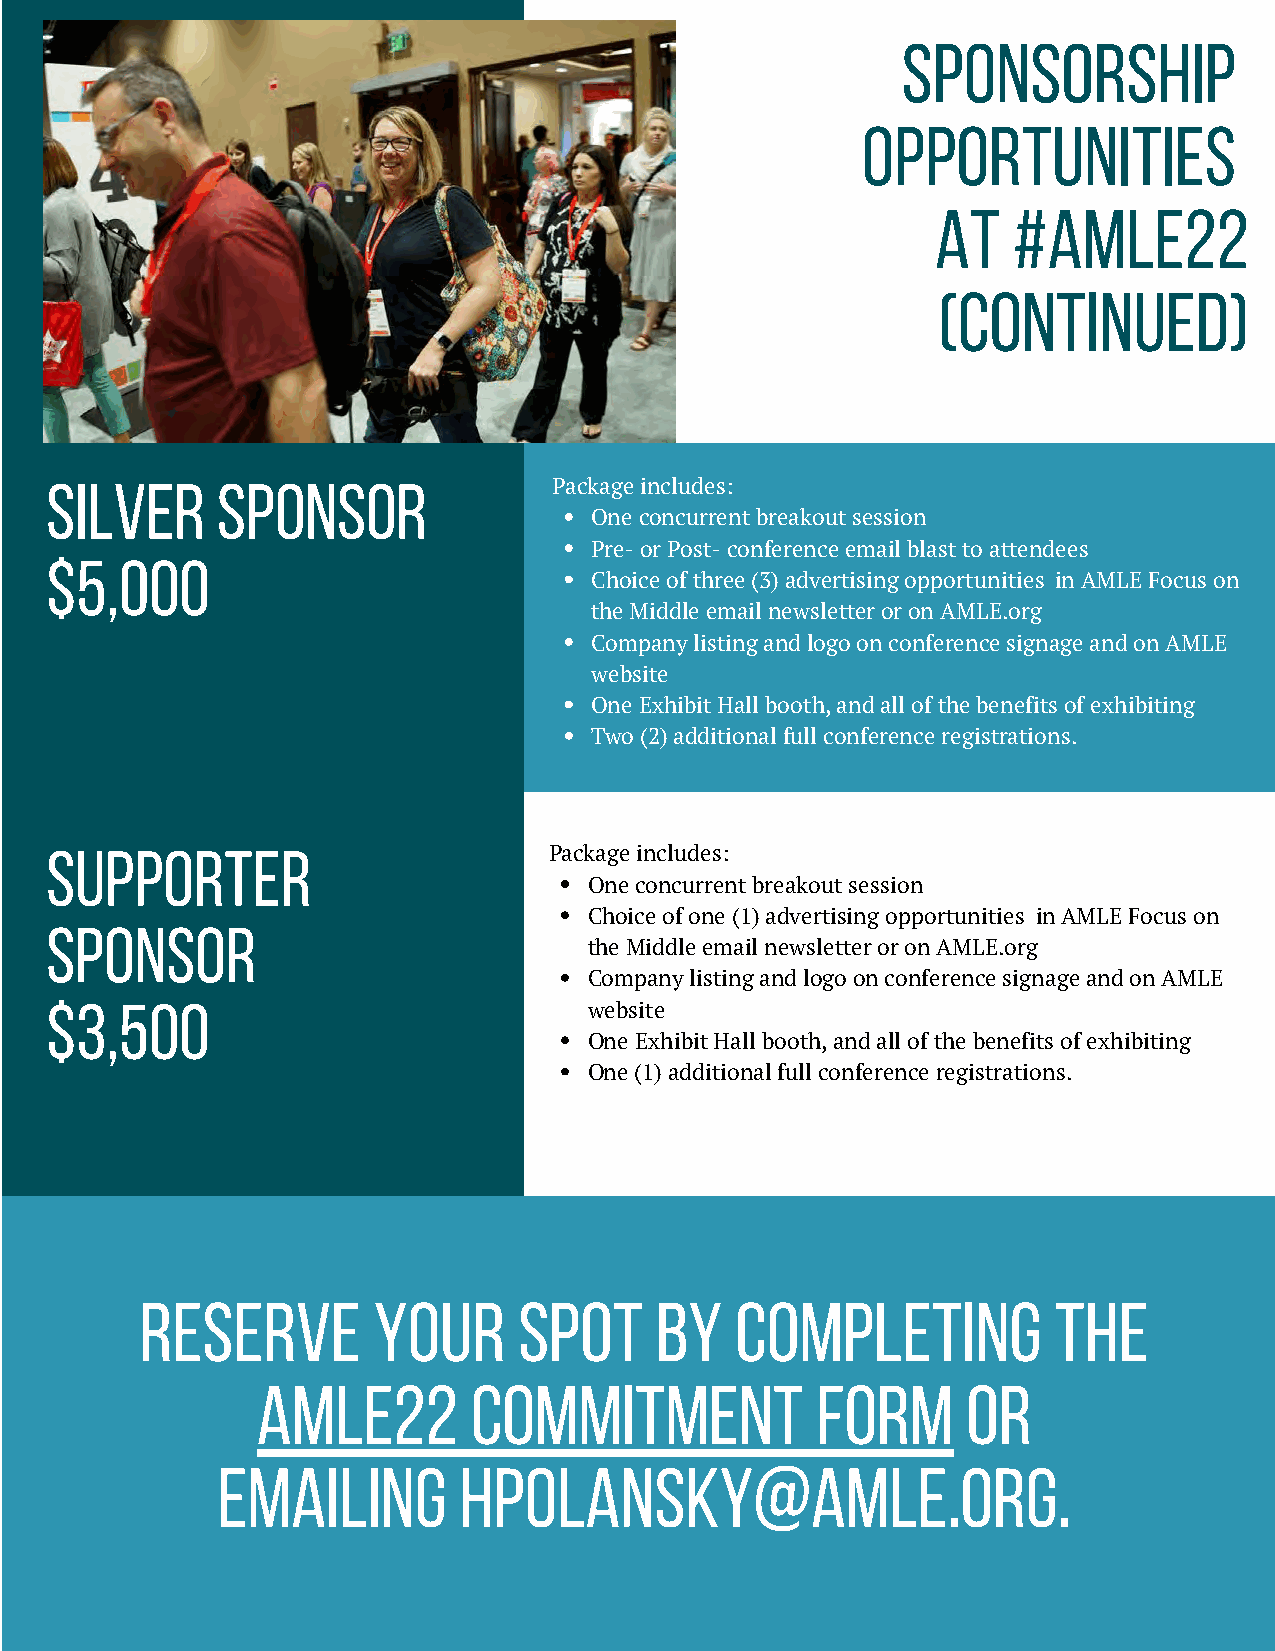
SPONSORSHIP
 OPPORTUNITIES
 AT   #AMLE22
 (CONTINUED)
 SILVER     SPONSOR                Package includes:
 One concurrent breakout session
 Pre- or Post- conference email blast to attendees
 $5,000
 Choice of three (3) advertising opportunities in AMLE Focus on
 the Middle email newsletter or on AMLE.org
 Company listing and logo on conference signage and on AMLE
 website
 One Exhibit Hall booth, and all of the benefits of exhibiting
 Two (2) additional full conference registrations.
 SUPPORTER                        Package includes:
 One concurrent breakout session
 Choice of one (1) advertising opportunities in AMLE Focus on
 SPONSOR
 the Middle email newsletter or on AMLE.org
 Company listing and logo on conference signage and on AMLE
 $3,500                              website
 One Exhibit Hall booth, and all of the benefits of exhibiting
 One (1) additional full conference registrations.
 RESERVE         YOUR     SPOT     BY    COMPLETING           THE
 AMLE22        COMMITMENT             FORM      OR
 EMAILING        HPOLANSKY@AMLE.ORG.